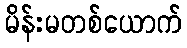
မိန်းမတစ်ယောက်